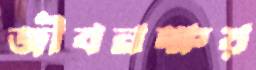
জীবনক্ষয়